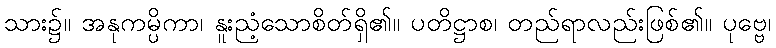
သား၌။ အနုကမ္ပိကာ၊ နူးညံ့သောစိတ်ရှိ၏။ ပတိဋ္ဌာစ၊ တည်ရာလည်းဖြစ်၏။ ပုဗ္ဗေ၊